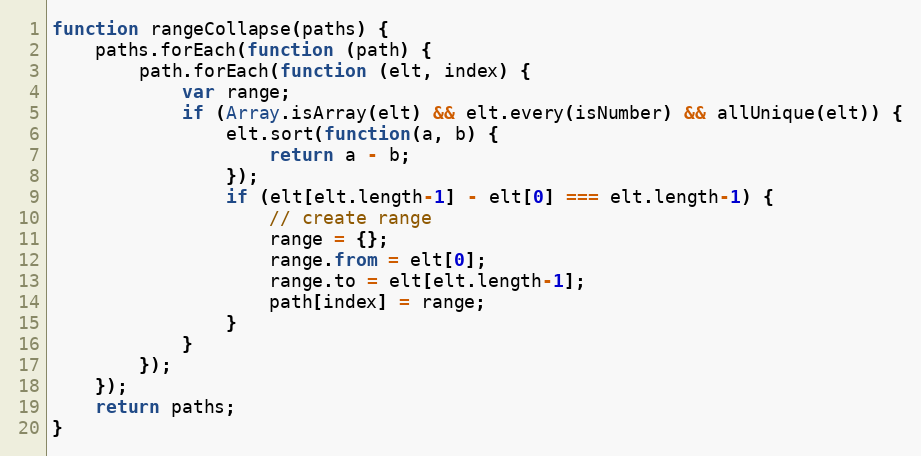
Language: JavaScript
function rangeCollapse(paths) {
    paths.forEach(function (path) {
        path.forEach(function (elt, index) {
            var range;
            if (Array.isArray(elt) && elt.every(isNumber) && allUnique(elt)) {
                elt.sort(function(a, b) {
                    return a - b;
                });
                if (elt[elt.length-1] - elt[0] === elt.length-1) {
                    // create range
                    range = {};
                    range.from = elt[0];
                    range.to = elt[elt.length-1];
                    path[index] = range;
                }
            }
        });
    });
    return paths;
}